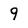
Character: 9